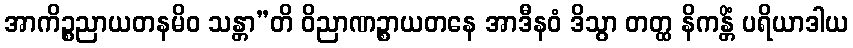
အာကိဉ္စညာယတနမိဝ သန္တာ”တိ ဝိညာဏဉ္စာယတနေ အာဒီနဝံ ဒိသွာ တတ္ထ နိကန္တိံ ပရိယာဒါယ